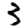
Digit: 3